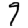
Digit: 9